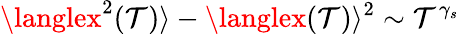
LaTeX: \langlex^{2}(\mathcal{T})\rangle-\langlex(\mathcal{T})\rangle^{2}\sim\mathcal{T}^{\gamma_{s}}